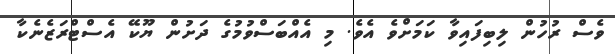
ވެސް ރުހުން ލިބިފައިވާ ކަމަށްވެ އެވެ. މި އެއްބަސްވުމުގެ ދަށުން ޔޫކޭ އެސްޓްރަޒެނެކާ